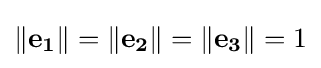
\left\|\mathbf {e_{1}} \right\|=\left\|\mathbf {e_{2}} \right\|=\left\|\mathbf {e_{3}} \right\|=1